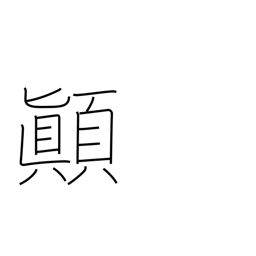
Meaning: upset